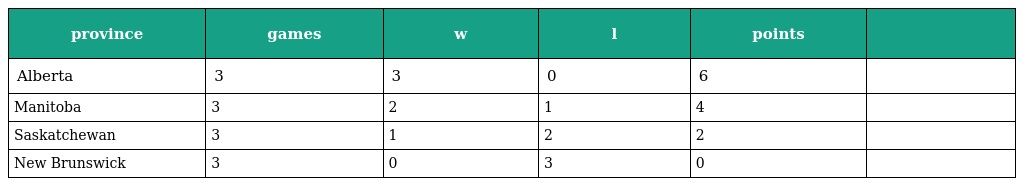
| province | games | w | l | points |  |
 | --- | --- | --- | --- | --- | --- |
 | Alberta | 3 | 3 | 0 | 6 |  |
 | Manitoba | 3 | 2 | 1 | 4 |  |
 | Saskatchewan | 3 | 1 | 2 | 2 |  |
 | New Brunswick | 3 | 0 | 3 | 0 |  |